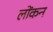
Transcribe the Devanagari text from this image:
लोंकन